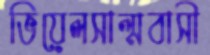
ভিয়েলসাল্মবাসী